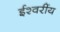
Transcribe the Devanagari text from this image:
ईश्वरींय